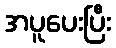
အပူပေးပြီး